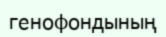
генофондының